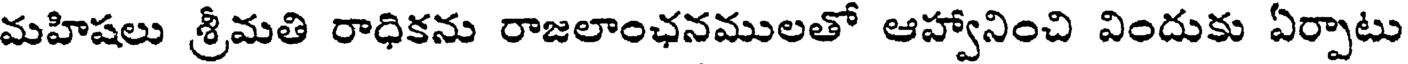
మహిషలు శ్రీమతి రాధికను రాజలాంఛనములతో ఆహ్వానించి విందుకు ఏర్పాటు